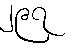
၂၉၇